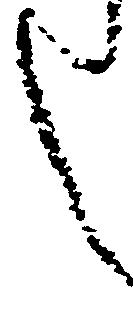
し